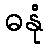
ဓနုံ